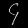
Digit: ၄